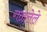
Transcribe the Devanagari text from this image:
गळलेले